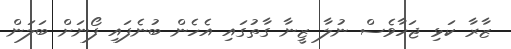
ޒާރާ ކަޅި ޖަހާވެސް ނުލާ ޒީނާ ގާތުގައި އެހެން ބުނެފައި ފޯނަށް ބަލަން